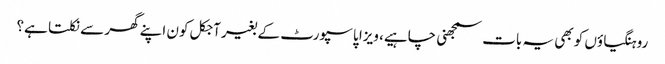
روہنگیاؤں کو بھی یہ بات سمجھنی چاہیے، ویزا پاسپورٹ کے بغیر آجکل کون اپنے گھر سے نکلتا ہے؟